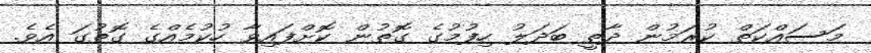
މަސައްކަތް ކުރަމުން ދާތީ ބަދަލު ހިިފުމުގެ ގޮތުން ކޮށްފައިވާ ހުކުމެއްގެ ގޮތުގަ އެވެ.